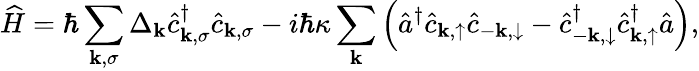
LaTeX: \widehat{H}=\hbar\sum_{\mathbf{k},\sigma}\Delta_{\mathbf{k}}\hat{c}_{\mathbf{k},\sigma}^{\dagger}\hat{c}_{\mathbf{k},\sigma}-i\hbar\kappa\sum_{\mathbf{k}}\left(\hat{a}^{\dagger}\hat{c}_{\mathbf{k},\uparrow}\hat{c}_{-\mathbf{k},\downarrow}-\hat{c}_{-\mathbf{k},\downarrow}^{\dagger}\hat{c}_{\mathbf{k},\uparrow}^{\dagger}\hat{a}\right),